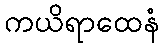
ကယိရာထေနံ